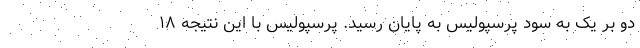
دو بر یک به سود پرسپولیس به پایان رسید. پرسپولیس با این نتیجه ۱۸